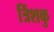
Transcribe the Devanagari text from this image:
त्रिंशकु